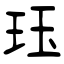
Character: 珏